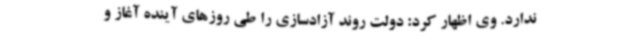
ندارد. وی اظهار کرد: دولت روند آزادسازی را طی روزهای آینده آغاز و